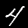
Label: 4